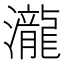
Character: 瀧